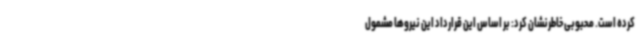
کرده است. محبوبی خاطرنشان کرد: بر اساس این قرارداد این نیروها مشمول